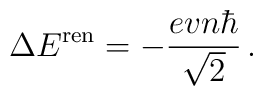
\Delta E^{\rm ren}=-\frac{evn\hbar}{\sqrt{2}} \,.